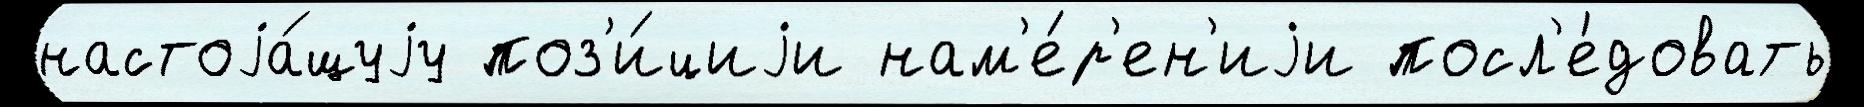
настоjа́щуjу поз'и́циjи нам'е́р'ен'иjи посл'е́довать